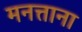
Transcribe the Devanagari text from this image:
मनत्ताना